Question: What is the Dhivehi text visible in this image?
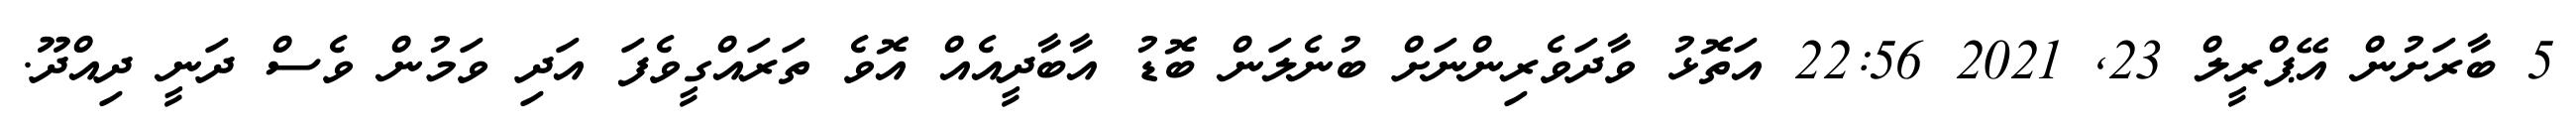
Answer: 5 ބާރަށުން އޭޕްރީލް 23, 2021 22:56 އަތޮޅު ވާދަވެރިންނަށް ބުނެލަން ބޮޑު އާބާދީއެއް އޮވެ ތަރައްގީވެފަ އަދި ވަމުން ވެސް ދަނީ ދިއްދޫ.